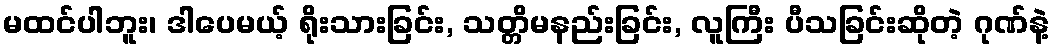
မထင်ပါဘူး၊ ဒါပေမယ့် ရိုးသားခြင်း, သတ္တိမနည်းခြင်း, လူကြီး ပီသခြင်းဆိုတဲ့ ဂုဏ်နဲ့